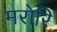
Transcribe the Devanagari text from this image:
मरोरि